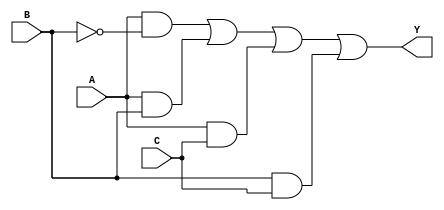
module three_variable_kmap (
    input wire A,  // First variable
    input wire B,  // Second variable
    input wire C,  // Third variable
    output wire Y  // Output of the logic circuit
);

// Simplified Boolean expression derived from the K-map:
// Y = A*B' + A*B + A*C + B*C

assign Y = (A & ~B) | (A & B) | (A & C) | (B & C);

endmodule